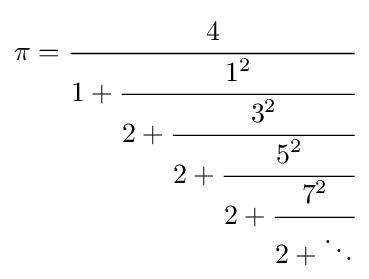
\pi ={\cfrac {4}{1+{\cfrac {1^{2}}{2+{\cfrac {3^{2}}{2+{\cfrac {5^{2}}{2+{\cfrac {7^{2}}{2+\ddots }}}}}}}}}}